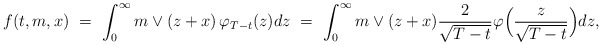
\begin{align*}f(t,m,x) \ = \ \int_0^\infty m \vee (z + x) \, \varphi_{T-t}(z) dz \ = \ \int_0^\infty m \vee (z + x) \frac{2}{\sqrt{T-t}} \varphi\Big(\frac{z}{\sqrt{T-t}}\Big) dz,\end{align*}